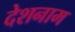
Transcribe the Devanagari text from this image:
देशनाम